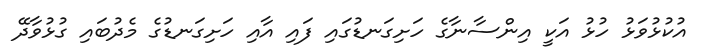
އުކުޅުވަޅު ހުޅު އަކީ އިންސާނާގެ ހަށިގަނޑުގައި ފައި އާއި ހަށިގަނޑުގެ މެދުބައި ގުޅުވާދޭ